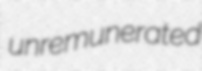
unremunerated